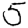
Digit: 5